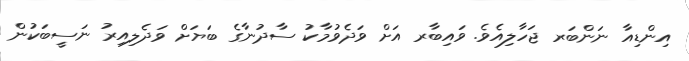
އިންޑިއާ ނަންބަރ ޖަހާލިއެވެ. ވައިބާރ އަށް ވަދެވުމާކު ސާދުނާގެ ބަޔަށް ވަދެލިއިރު ނަސީބަކުން